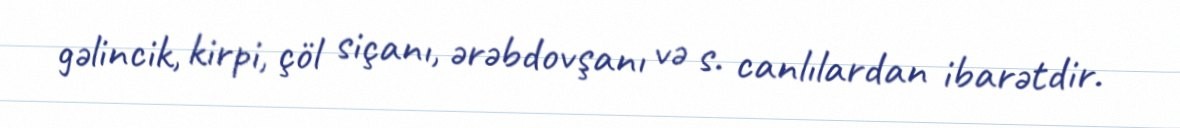
gəlincik, kirpi, çöl siçanı, ərəbdovşanı və s. canlılardan ibarətdir.